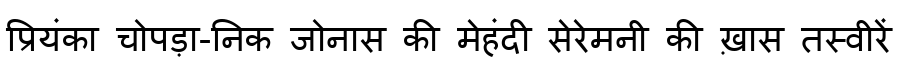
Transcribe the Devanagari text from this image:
प्रियंका चोपड़ा-निक जोनास की मेहंदी सेरेमनी की ख़ास तस्वीरें